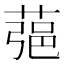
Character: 𦶁